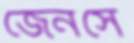
জেনসে